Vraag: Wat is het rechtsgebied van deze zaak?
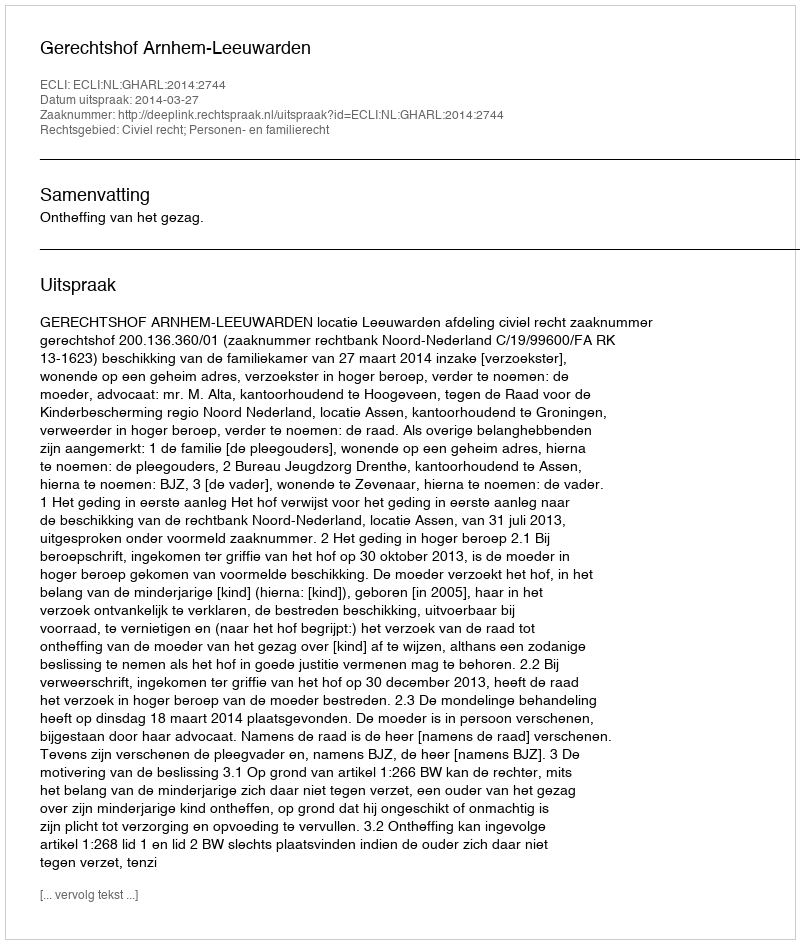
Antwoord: Civiel recht; Personen- en familierecht